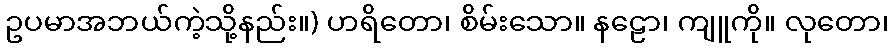
ဥပမာအဘယ်ကဲ့သို့နည်း။) ဟရိတော၊ စိမ်းသော။ နဠော၊ ကျူကို။ လုတော၊